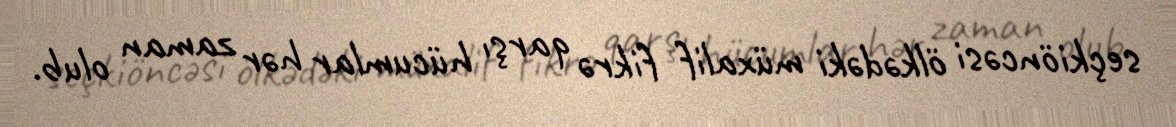
seçkiöncəsi ölkədəki müxalif fikrə qarşı hücumlar hər zaman olub.